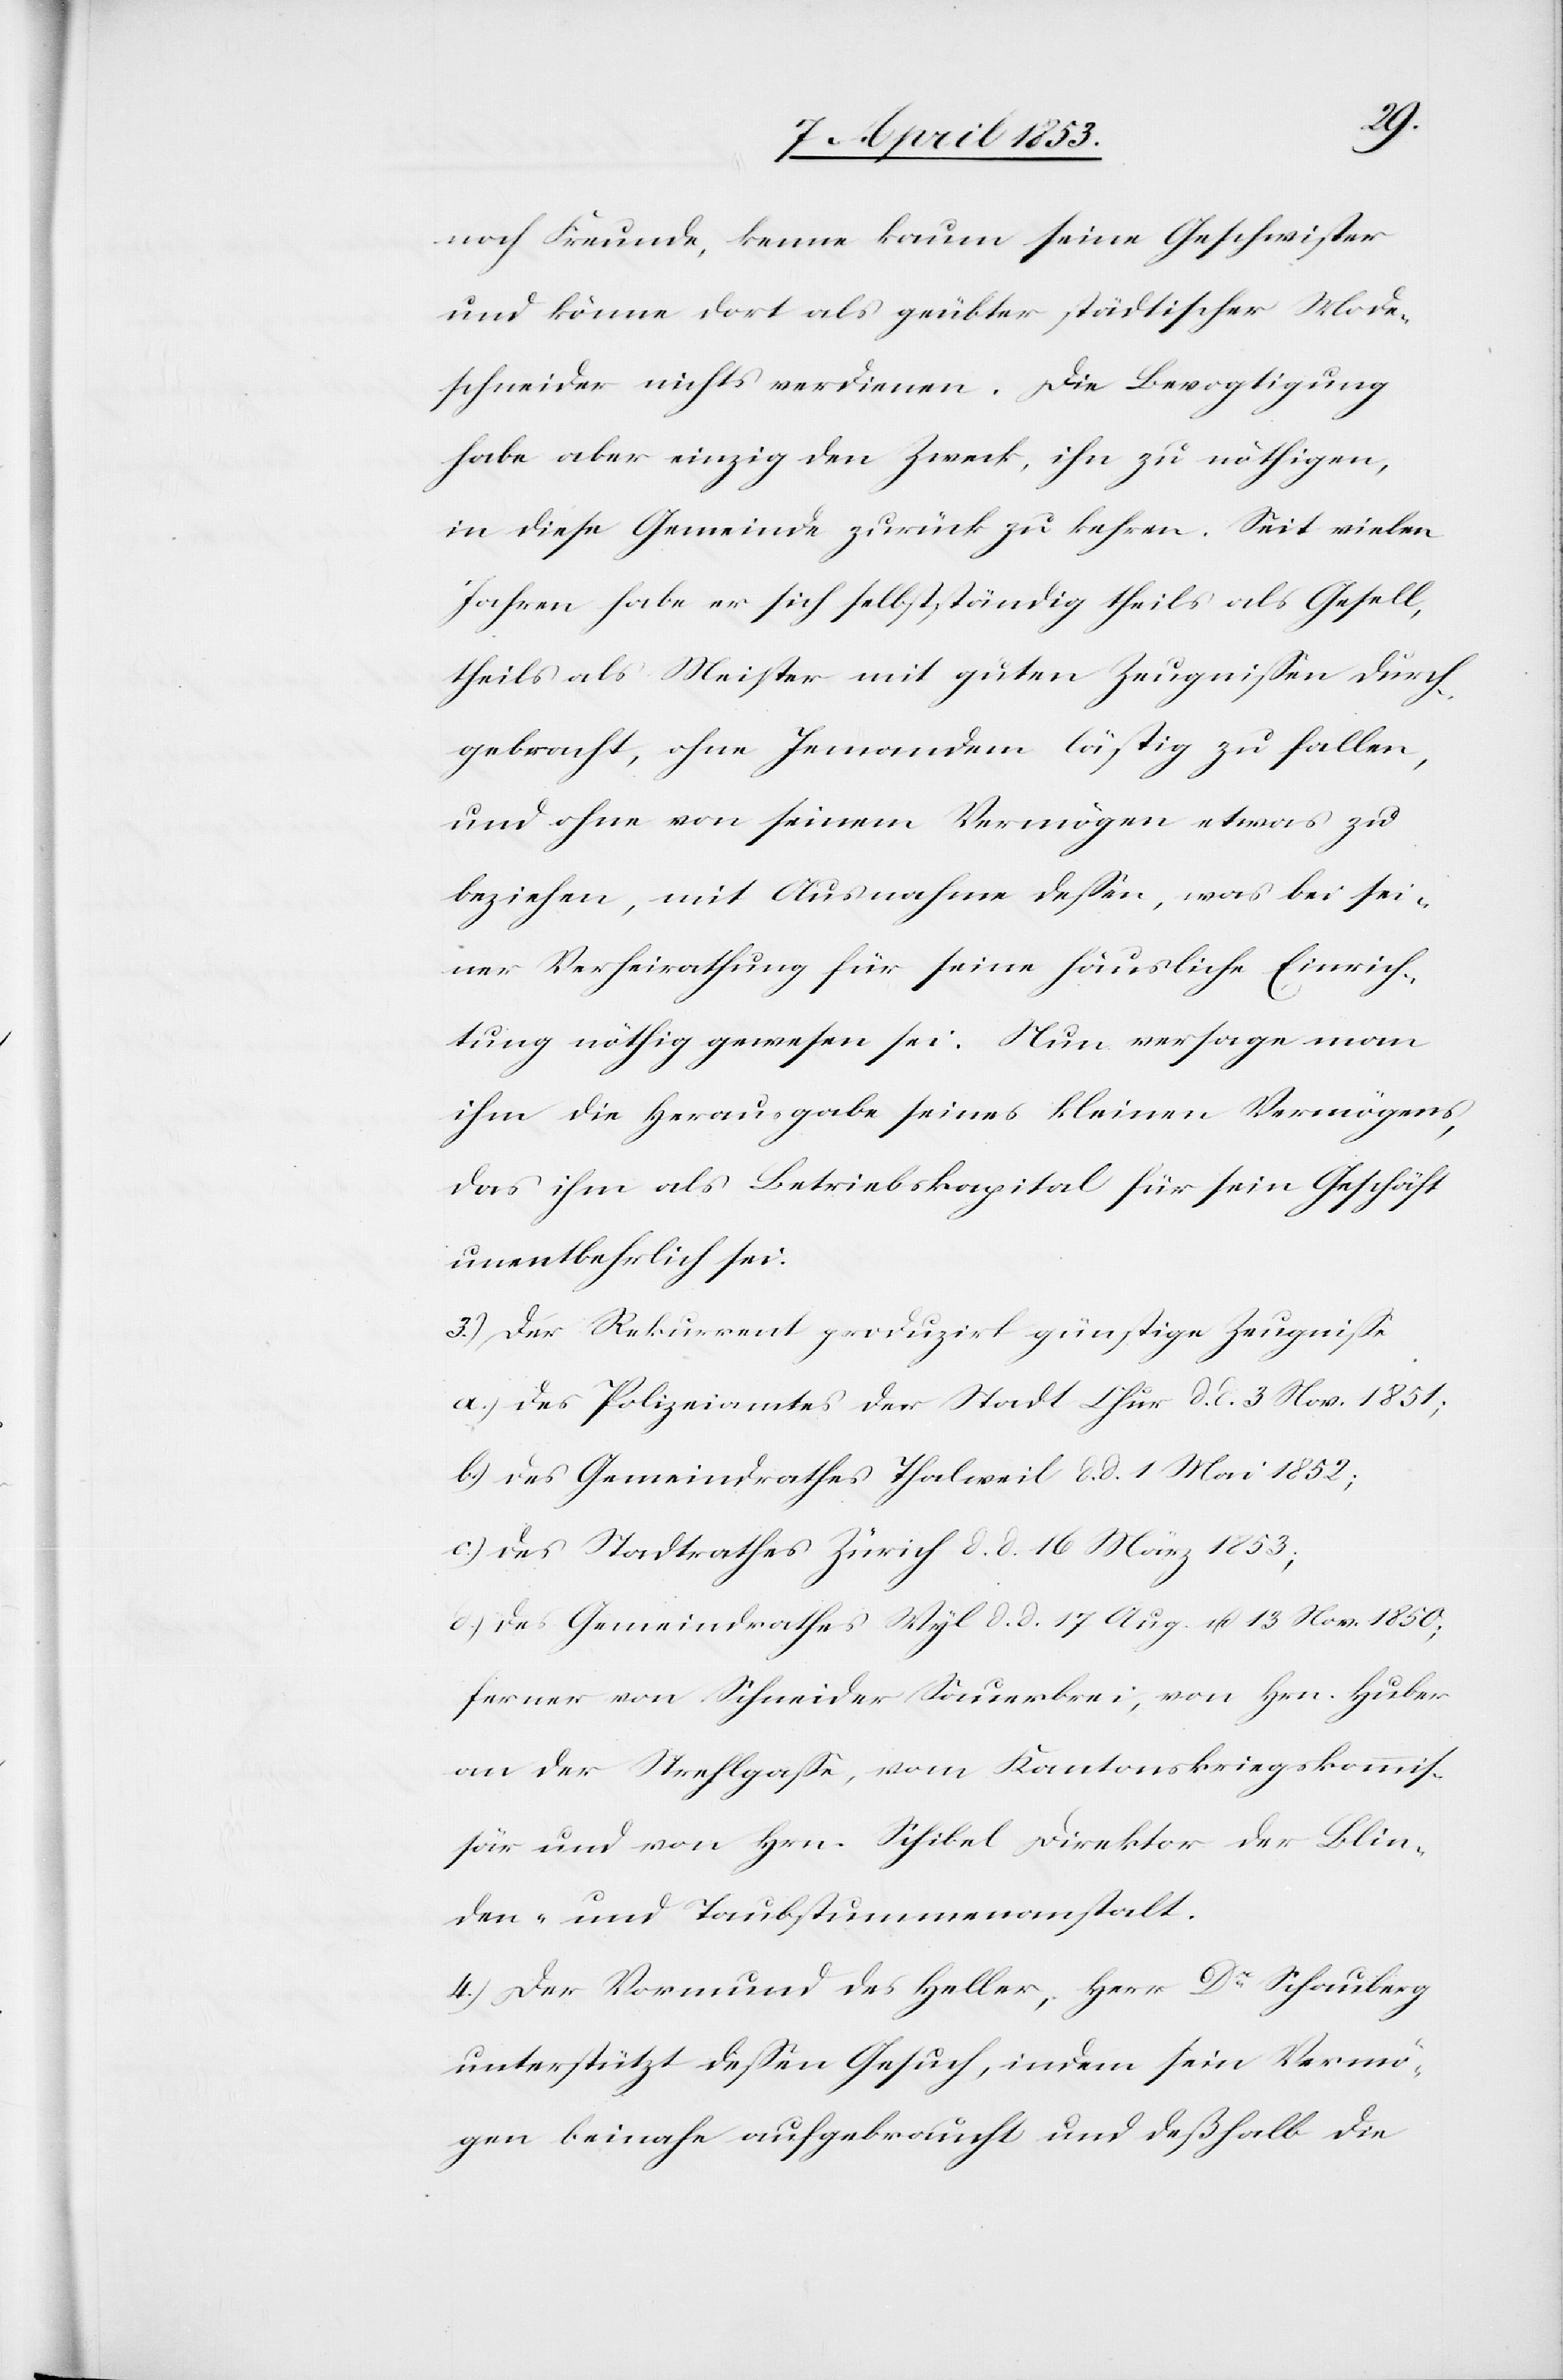
noch Freunde, kenne kaum seine Geschwister
und könne dort als geübter städtischer Mode¬
schneider nichts verdienen. Die Bevogtigung
habe aber einzig den Zweck, ihn zu nöthigen,
in diese Gemeinde zurück zu kehren. Seit vielen
Jahren habe er sich selbstständig theils als Gesell,
theils als Meister mit guten Zeugnissen durch¬
gebracht, ohne Jemandem lästig zu fallen,
und ohne von seinem Vermögen etwas zu
beziehen, mit Ausnahme dessen, was bei sei¬
ner Verheirathung für seine häusliche Einrich¬
tung nöthig gewesen sei. Nun versage man
ihm die Herausgabe seines kleinen Vermögens,
das ihm als Betriebskapital für sein Geschäft
unentbehrlich sei.
3.) Der Rekurrent produziert günstige Zeugnisse
a.) des Polizeiamtes der Stadt Chur d. d. 3. Nov. 1851;
b.) des Gemeindrathes Thalweil d. d. 1 Mai 1852;
c.) des Stadtrathes Zürich d. d. 16 März 1853;
d.) des Gemeindrathes Wyl d. d. 17 Aug u. 13 Nov. 1850;
ferner von Schneider Sauerbrei, von Hrn. Huber
an der Strehlgaße, vom Kantonskriegskommis¬
sär und von Hrn. Schibel Direktor der Blin¬
den- und Taubstummenanstalt.
4.) Der Vormund des Heller, Herr Dr. Schauberg
unterstützt dessen Gesuch, indem sein Vermö¬
gen beinahe aufgebraucht und deßhalb die